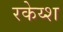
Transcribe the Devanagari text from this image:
रकेय्श